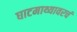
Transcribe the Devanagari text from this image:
घाटमाथ्यावरचं